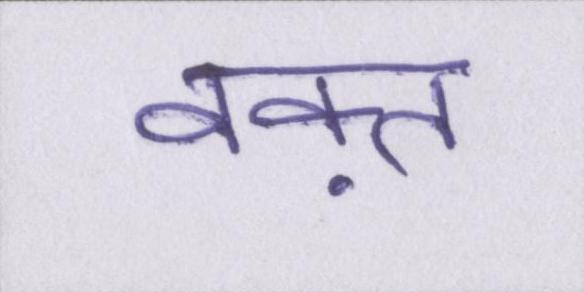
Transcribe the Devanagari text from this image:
वक़्त